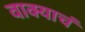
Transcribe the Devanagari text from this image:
वाक्याचं